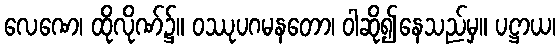
လေဏေ၊ ထိုလိုဏ်၌။ ဝဿုပဂမနတော၊ ဝါဆို၍နေသည်မှ။ ပဋ္ဌာယ၊